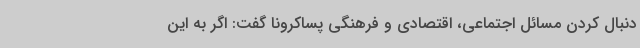
دنبال کردن مسائل اجتماعی، اقتصادی و فرهنگی پساکرونا گفت: اگر به این